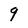
Character: 9